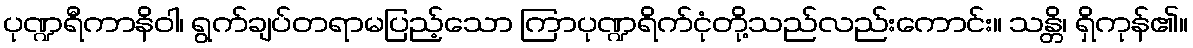
ပုဏ္ဍရီကာနိဝါ၊ ရွက်ချပ်တရာမပြည့်သော ကြာပုဏ္ဍရိက်ငုံတို့သည်လည်းကောင်း။ သန္တိ၊ ရှိကုန်၏။